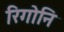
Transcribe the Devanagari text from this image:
रिगोनि